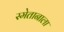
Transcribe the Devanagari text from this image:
स्मेतानाला